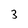
Character: 3